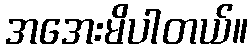
အအေးမိပါတယ်။